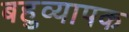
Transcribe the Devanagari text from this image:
बहुव्यापक